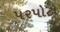
પરપોટો